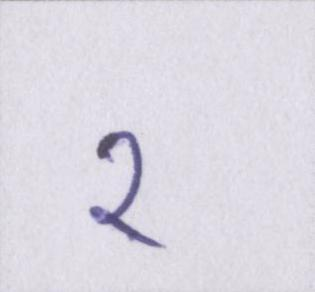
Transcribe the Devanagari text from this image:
२